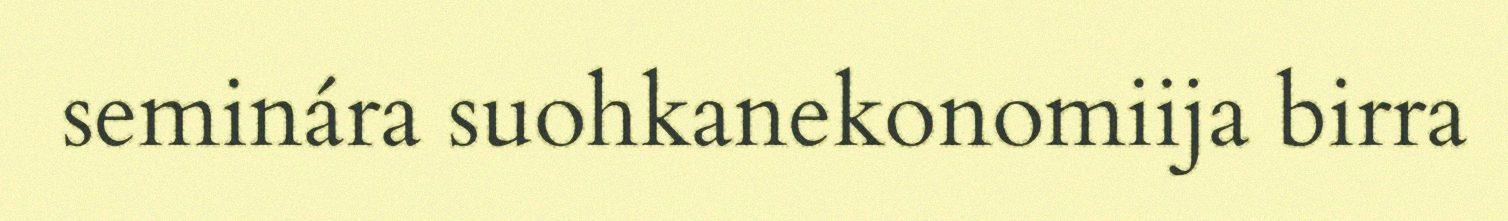
seminára suohkanekonomiija birra